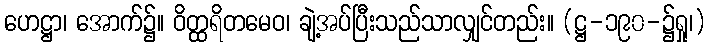
ဟေဋ္ဌာ၊ အောက်၌။ ဝိတ္ထရိတမေဝ၊ ချဲ့အပ်ပြီးသည်သာလျှင်တည်း။ (ဋ္ဌ-၁၉၀-၌ရှု၊)